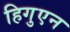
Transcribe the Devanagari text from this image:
हिगुएन